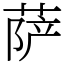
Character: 萨